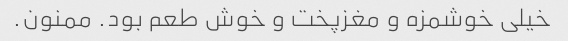
خیلی خوشمزه و مغزپخت و خوش طعم بود. ممنون.